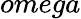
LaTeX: omega